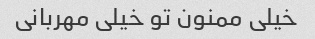
خیلی ممنون تو خیلی مهربانی